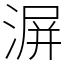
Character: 𣸹